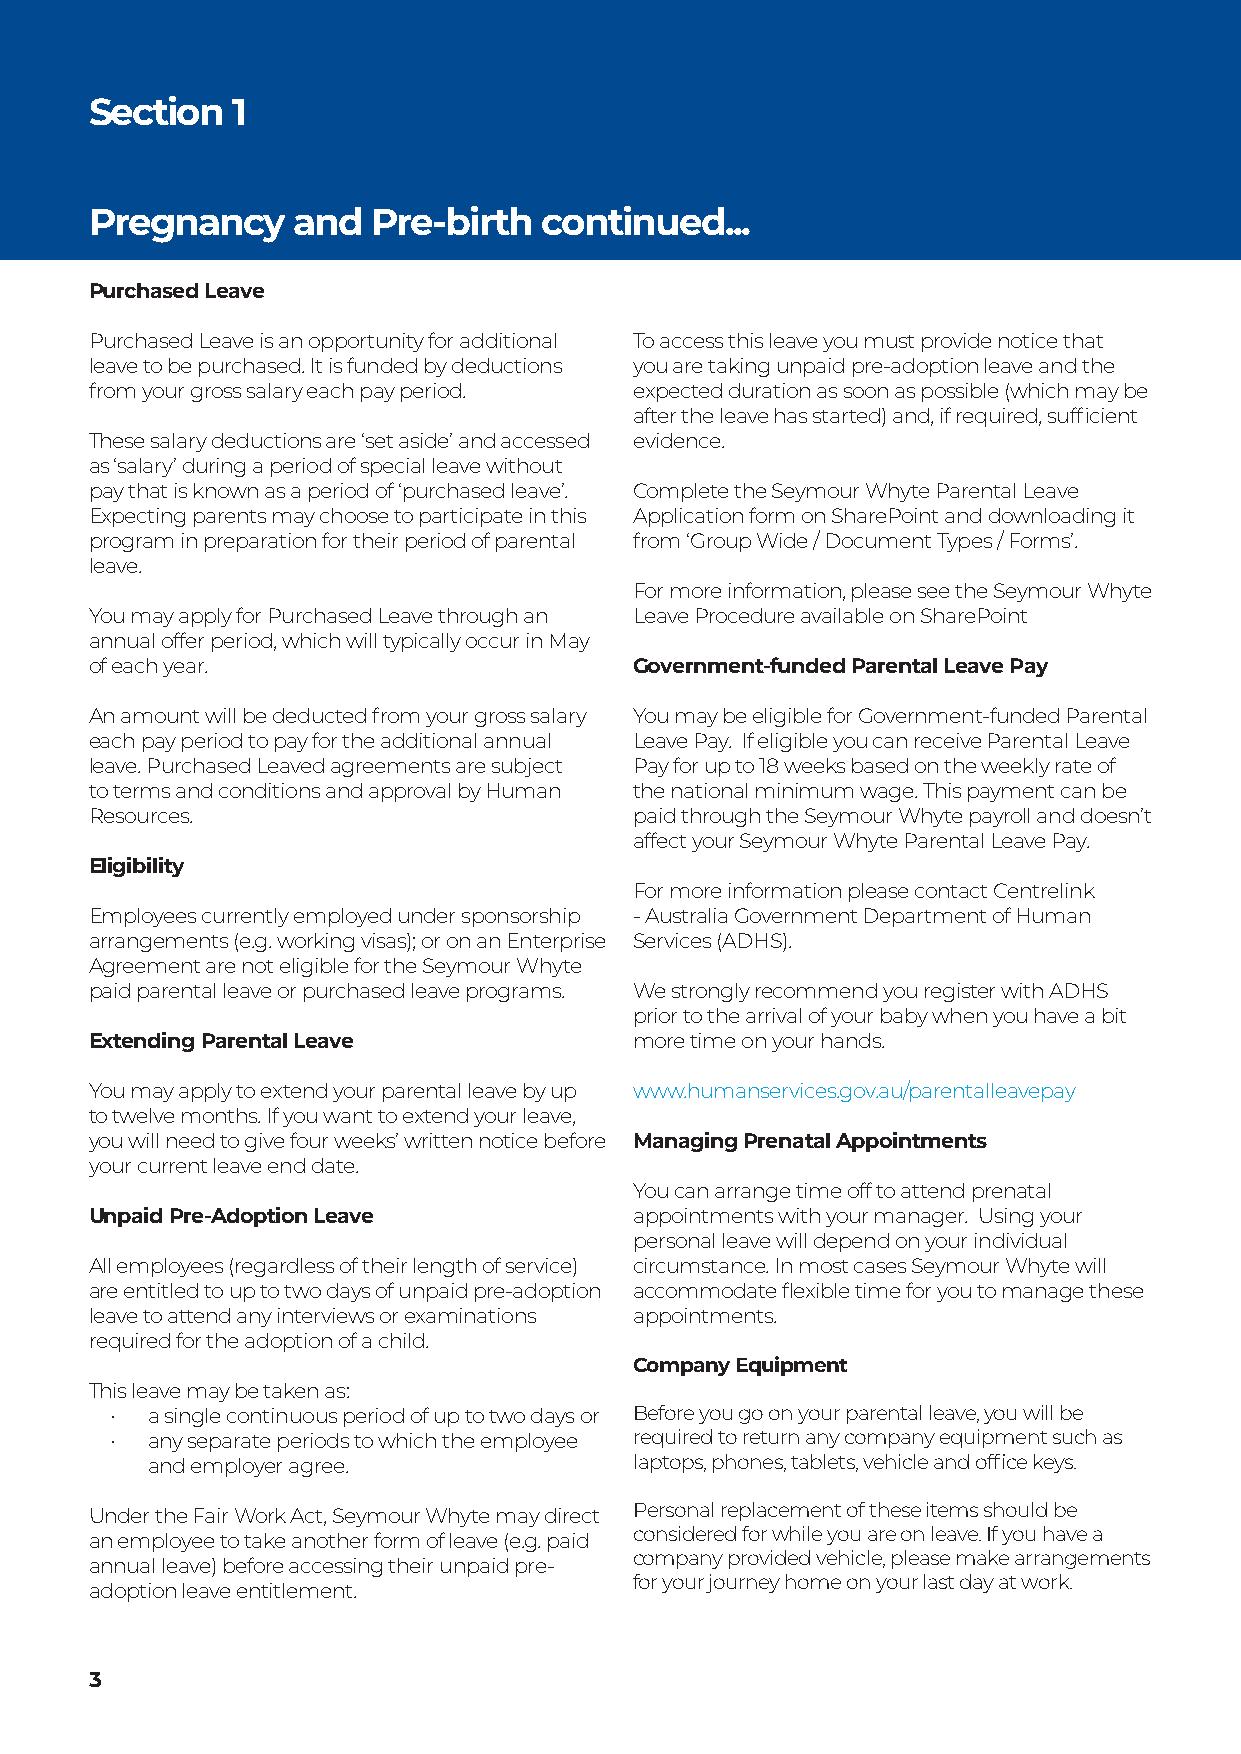
Section  1
 Pregnancy    and   Pre-birth  continued...
 Purchased Leave
 Purchased Leave is an opportunity for additional To access this leave you must provide notice that
 leave to be purchased. It is funded by deductions you are taking unpaid pre-adoption leave and the
 from your gross salary each pay period. expected duration as soon as possible (which may be
 after the leave has started) and, if required, sufficient
 These salary deductions are ‘set aside’ and accessed evidence.
 as ‘salary’ during a period of special leave without
 pay that is known as a period of ‘purchased leave’. Complete the Seymour Whyte Parental Leave
 Expecting parents may choose to participate in this Application form on SharePoint and downloading it
 program in preparation for their period of parental from ‘Group Wide / Document Types / Forms’.
 leave.
 For more information, please see the Seymour Whyte
 You may apply for Purchased Leave through an Leave Procedure available on SharePoint
 annual offer period, which will typically occur in May
 of each year.                       Government-funded Parental Leave Pay
 An amount will be deducted from your gross salary You may be eligible for Government-funded Parental
 each pay period to pay for the additional annual Leave Pay. If eligible you can receive Parental Leave
 leave. Purchased Leaved agreements are subject Pay for up to 18 weeks based on the weekly rate of
 to terms and conditions and approval by Human the national minimum wage. This payment can be
 Resources.                          paid through the Seymour Whyte payroll and doesn’t
 affect your Seymour Whyte Parental Leave Pay.
 Eligibility
 For more information please contact Centrelink
 Employees currently employed under sponsorship - Australia Government Department of Human
 arrangements (e.g. working visas); or on an Enterprise Services (ADHS).
 Agreement are not eligible for the Seymour Whyte
 paid parental leave or purchased leave programs. We strongly recommend you register with ADHS
 prior to the arrival of your baby when you have a bit
 Extending Parental Leave            more time on your hands.
 You may apply to extend your parental leave by up www.humanservices.gov.au/parentalleavepay
 to twelve months. If you want to extend your leave,
 you will need to give four weeks’ written notice before Managing Prenatal Appointments
 your current leave end date.
 You can arrange time off to attend prenatal
 Unpaid Pre-Adoption Leave           appointments with your manager. Using your
 personal leave will depend on your individual
 All employees (regardless of their length of service) circumstance. In most cases Seymour Whyte will
 are entitled to up to two days of unpaid pre-adoption accommodate flexible time for you to manage these
 leave to attend any interviews or examinations appointments.
 required for the adoption of a child.
 Company Equipment
 This leave may be taken as:
 •  a single continuous period of up to two days or Before you go on your parental leave, you will be
 •  any separate periods to which the employee required to return any company equipment such as
 and employer agree.             laptops, phones, tablets, vehicle and office keys.
 Under the Fair Work Act, Seymour Whyte may direct Personal replacement of these items should be
 an employee to take another form of leave (e.g. paid considered for while you are on leave. If you have a
 company provided vehicle, please make arrangements
 annual leave) before accessing their unpaid pre-
 for your journey home on your last day at work.
 adoption leave entitlement.
 3